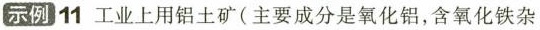
示例11 工业上用铝土矿(主要成分是氧化铝，含氧化铁杂